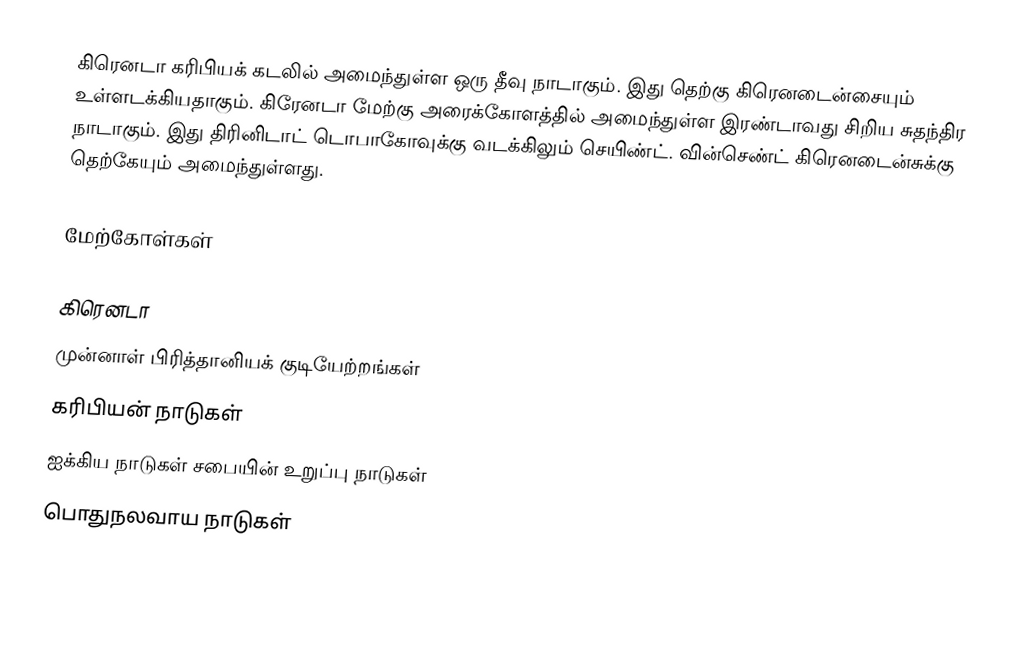
கிரெனடா கரிபியக் கடலில் அமைந்துள்ள ஒரு தீவு நாடாகும். இது தெற்கு கிரெனடைன்சையும் உள்ளடக்கியதாகும். கிரேனடா மேற்கு அரைக்கோளத்தில் அமைந்துள்ள இரண்டாவது சிறிய சுதந்திர நாடாகும். இது திரினிடாட் டொபாகோவுக்கு வடக்கிலும் செயிண்ட். வின்செண்ட் கிரெனடைன்சுக்கு தெற்கேயும் அமைந்துள்ளது.

மேற்கோள்கள்

கிரெனடா
முன்னாள் பிரித்தானியக் குடியேற்றங்கள்
கரிபியன் நாடுகள்
ஐக்கிய நாடுகள் சபையின் உறுப்பு நாடுகள்
பொதுநலவாய நாடுகள்